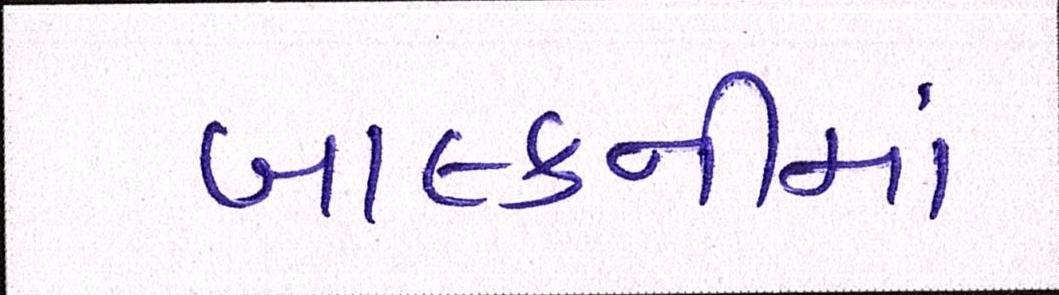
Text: બાલ્કનીમાં